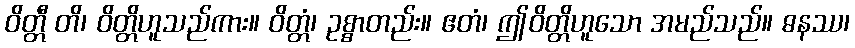
ဝိတ္တီ တိ၊ ဝိတ္တိဟူသည်ကား။ ဝိတ္တံ၊ ဥစ္စာတည်း။ ဧတံ၊ ဤဝိတ္တိဟူသော အမည်သည်။ ဓနဿ၊